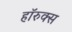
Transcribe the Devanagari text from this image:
हॉरुक्स